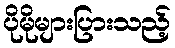
ပိုမိုများပြားသည့်